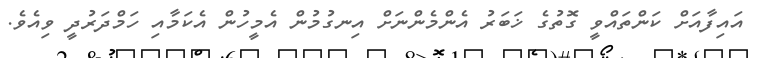
އައިފާއަށް ކަންތައްވީ ގޮތުގެ ޚަބަރު އެންމެންނަށް އިނގުމުން އެމީހުން އެކަމާއި ހަމްދަރުދީ ވިއެވެ.